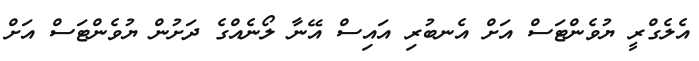
އެލެގްރީ ޔުވެންޓަސް އަށް އެނބުރި އައިސް އޭނާ ލޯނެއްގެ ދަށުން ޔުވެންޓަސް އަށް